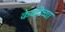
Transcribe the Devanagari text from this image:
केकीच्या